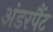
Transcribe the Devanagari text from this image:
अंडरपैंट